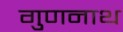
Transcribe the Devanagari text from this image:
गुणनाथ